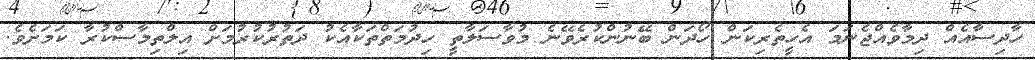
ހާދިސާއެއް ދިމާވެއްޖެނަމަ އެހީތެރިކަން ހޯދަން ބޭނުންކުރެވޭނެ މުވާސަލާތީ ހިދުމަތްތަކާއެކު ދަތުރުކުރުމަށް އިލްތިމާސްކުރާ ކަމަށެވެ.